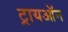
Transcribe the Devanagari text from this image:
ट्रायऑन